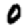
Digit: 0